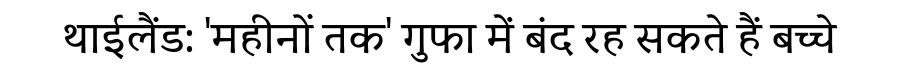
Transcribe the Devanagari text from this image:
थाईलैंड: 'महीनों तक' गुफा में बंद रह सकते हैं बच्चे